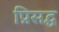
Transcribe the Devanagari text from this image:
प्रिसद्ध